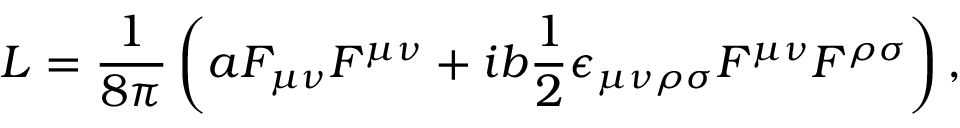
L = \frac { 1 } { 8 \pi } \left( a F _ { \mu \nu } F ^ { \mu \nu } + i b \frac { 1 } { 2 } \epsilon _ { \mu \nu \rho \sigma } F ^ { \mu \nu } F ^ { \rho \sigma } \right) ,